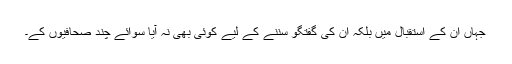
جہاں ان کے استقبال میں بلکہ ان کی گفتگو سننے کے لیے کوئی بھی نہ آیا سوائے چند صحافیوں کے۔